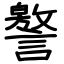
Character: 譥